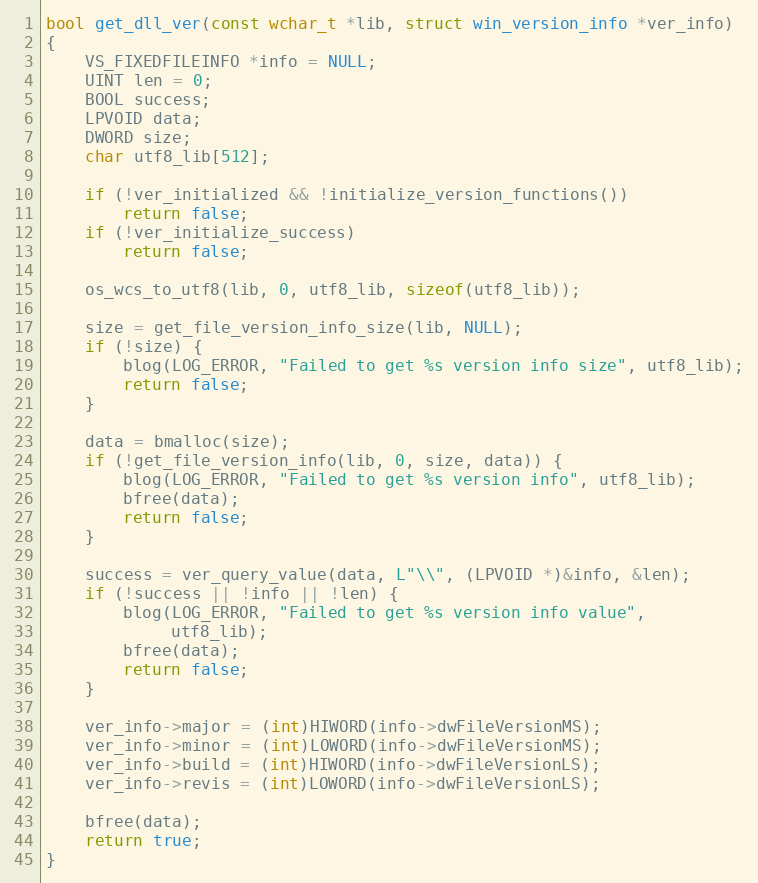
Language: C
bool get_dll_ver(const wchar_t *lib, struct win_version_info *ver_info)
{
	VS_FIXEDFILEINFO *info = NULL;
	UINT len = 0;
	BOOL success;
	LPVOID data;
	DWORD size;
	char utf8_lib[512];

	if (!ver_initialized && !initialize_version_functions())
		return false;
	if (!ver_initialize_success)
		return false;

	os_wcs_to_utf8(lib, 0, utf8_lib, sizeof(utf8_lib));

	size = get_file_version_info_size(lib, NULL);
	if (!size) {
		blog(LOG_ERROR, "Failed to get %s version info size", utf8_lib);
		return false;
	}

	data = bmalloc(size);
	if (!get_file_version_info(lib, 0, size, data)) {
		blog(LOG_ERROR, "Failed to get %s version info", utf8_lib);
		bfree(data);
		return false;
	}

	success = ver_query_value(data, L"\\", (LPVOID *)&info, &len);
	if (!success || !info || !len) {
		blog(LOG_ERROR, "Failed to get %s version info value",
		     utf8_lib);
		bfree(data);
		return false;
	}

	ver_info->major = (int)HIWORD(info->dwFileVersionMS);
	ver_info->minor = (int)LOWORD(info->dwFileVersionMS);
	ver_info->build = (int)HIWORD(info->dwFileVersionLS);
	ver_info->revis = (int)LOWORD(info->dwFileVersionLS);

	bfree(data);
	return true;
}